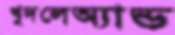
খুদলেঅ্যান্ড